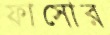
ফাসোর